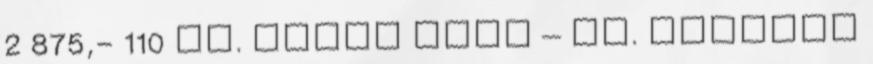
2 875,- 110 DR. KASZA JENŐ – DR. LEHOTAI